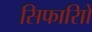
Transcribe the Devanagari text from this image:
सिफारिाों